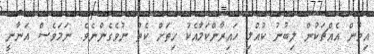
އިވުން އެއްޗަކުން ލިބުނު ކުއްލި ހައިރާންކަމާއެކު ހިތަށް ކެތް ނުވެގެންނެވެ. ނަމަވެސް އަނާނީ